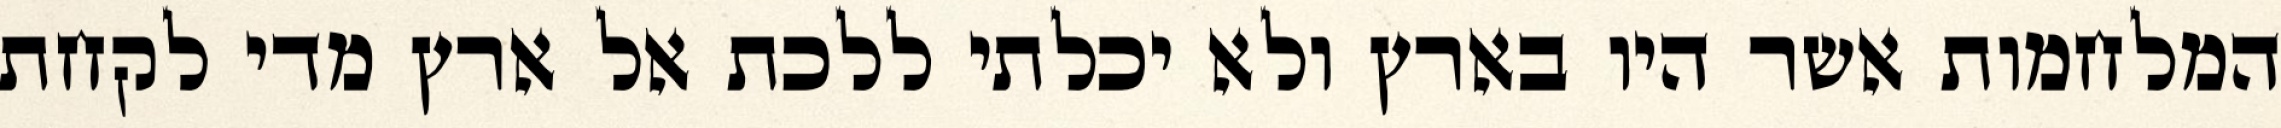
המלחמות אשר היו בארץ ולא יכלתי ללכת אל ארץ מדי לקחת